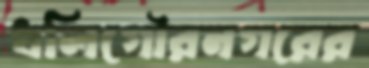
ধলিগৌরনগরের